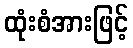
ထုံးစံအားဖြင့်